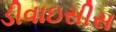
ડીવાઇસીસ